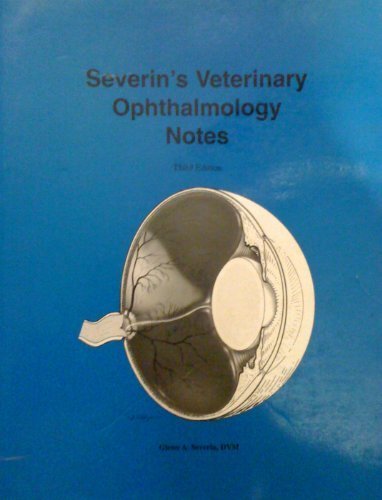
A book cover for Severin's Veterinary Ophthalmology Notes; Glenn A. Severin; Medical Books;